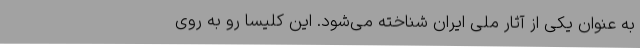
به عنوان یکی از آثار ملی ایران شناخته می‌شود. این کلیسا رو به روی